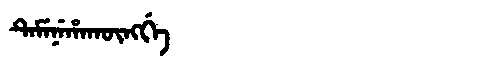
Manchu: ᡨᡝᠮᡝᠨᡝᡥᠠᡴᡡᠩᡤᡝ
Romanization: TEMENEHAKŪNGGE